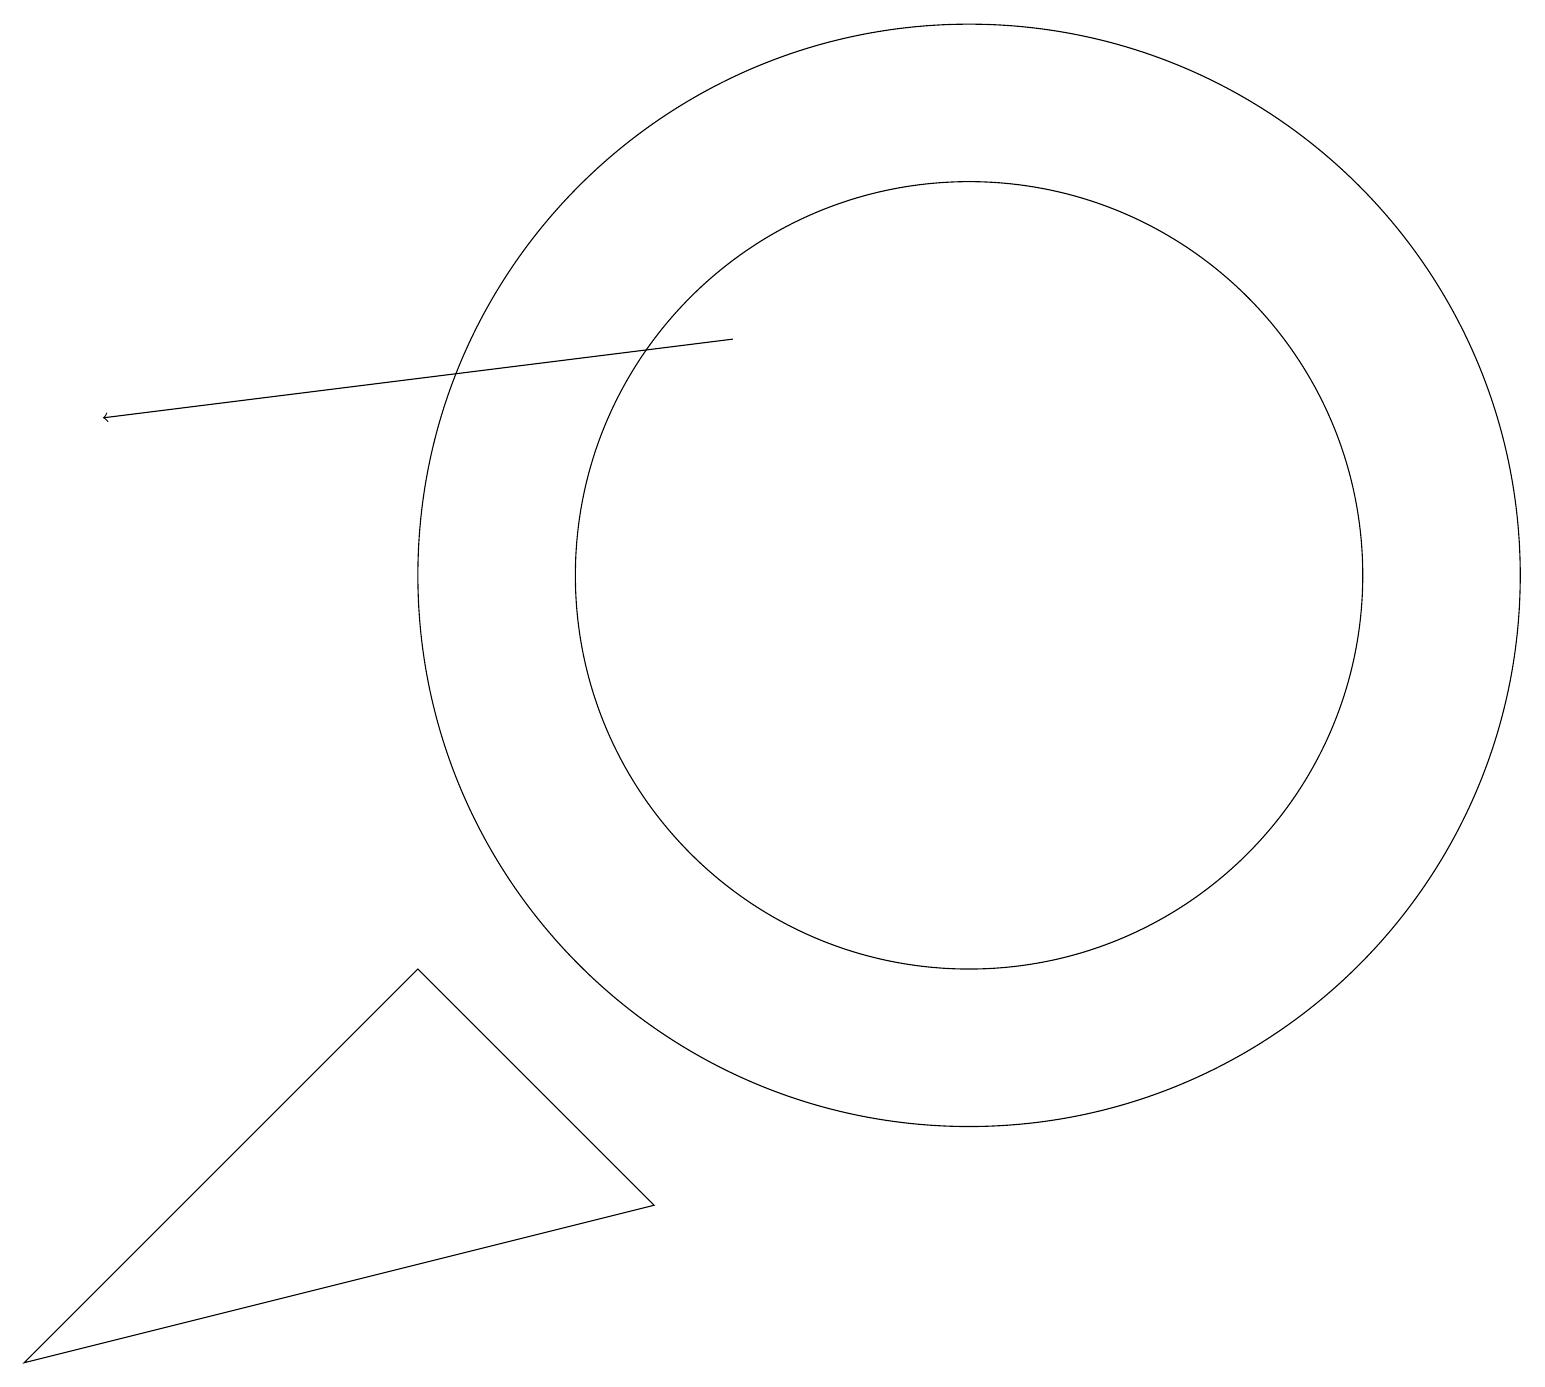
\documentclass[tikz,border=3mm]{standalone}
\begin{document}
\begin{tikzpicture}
\draw[->] (9,14) -- (1,13);
\draw (12,11) circle (5);
\draw (12,11) circle (7);
\draw (8,3) -- (5,6) -- (0,1) -- cycle;
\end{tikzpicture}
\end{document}